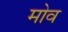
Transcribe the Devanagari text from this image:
मोव